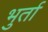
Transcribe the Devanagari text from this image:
भुर्ता